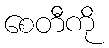
စေတီကို